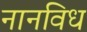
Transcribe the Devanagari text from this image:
नानविध